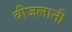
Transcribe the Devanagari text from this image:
बीजलानी